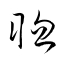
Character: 聰